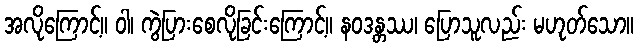
အလိုကြောင့်။ ဝါ၊ ကွဲပြားစေလိုခြင်းကြောင့်။ နဝဒန္တဿ၊ ပြောသူလည်း မဟုတ်သော။